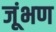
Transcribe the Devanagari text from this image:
जूंभण